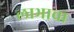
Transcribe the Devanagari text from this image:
लाभाचा